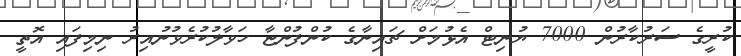
ކުރީގެ ސަރުކާރުން 7000 ޔުނިޓް އެޅުމަށް ޗައިނާގެ ކުންފުންޏާ ހަވާލުކުރެވުނުއިރު ނިމިފައި އޮތީ